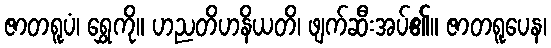
ဇာတရူပံ၊ ရွှေကို။ ဟညတိဟနိယတိ၊ ဖျက်ဆီးအပ်၏။ ဇာတရူပေန၊